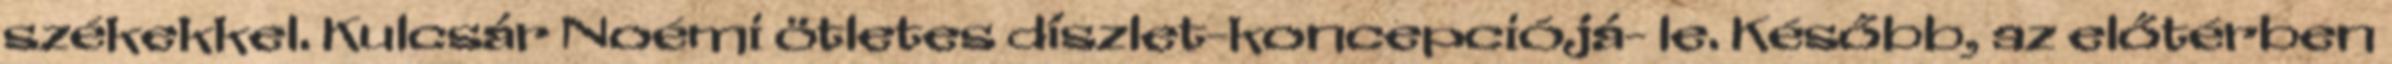
székekkel. Kulcsár Noémi ötletes díszlet-koncepciójá- le. Később, az előtérben